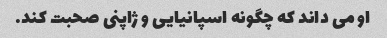
او می داند که چگونه اسپانیایی و ژاپنی صحبت کند.